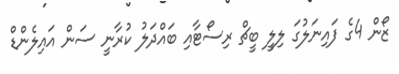
ޒޯން 4ގެ ފައިނަލުގަ ލިލީ ބީޗް ރިސޯޓާއި ބައްދަލު ކުރާނީ ސަން އައިލެންޑް